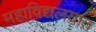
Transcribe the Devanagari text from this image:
महाविद्यलयात